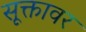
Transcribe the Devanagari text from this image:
सूक्तावर